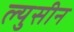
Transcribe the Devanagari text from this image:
ल्युसीन